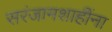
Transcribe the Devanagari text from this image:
सरंजामशाहींना